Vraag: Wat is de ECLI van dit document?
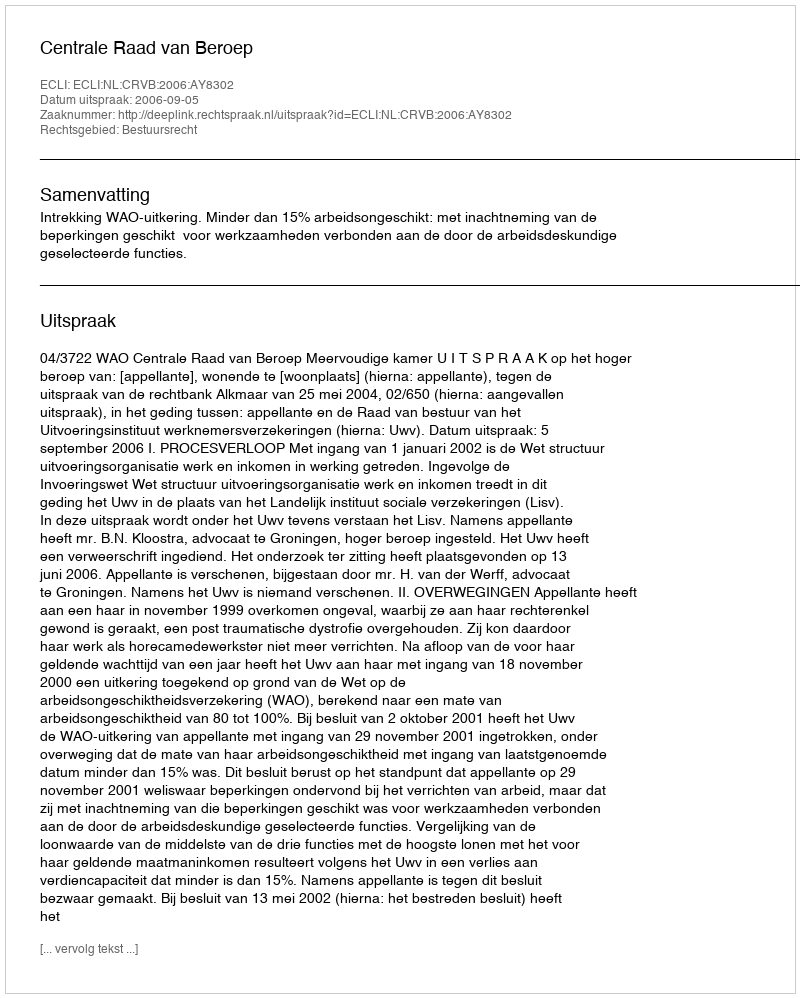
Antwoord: ECLI:NL:CRVB:2006:AY8302